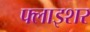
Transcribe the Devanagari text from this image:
फ्लाइशर